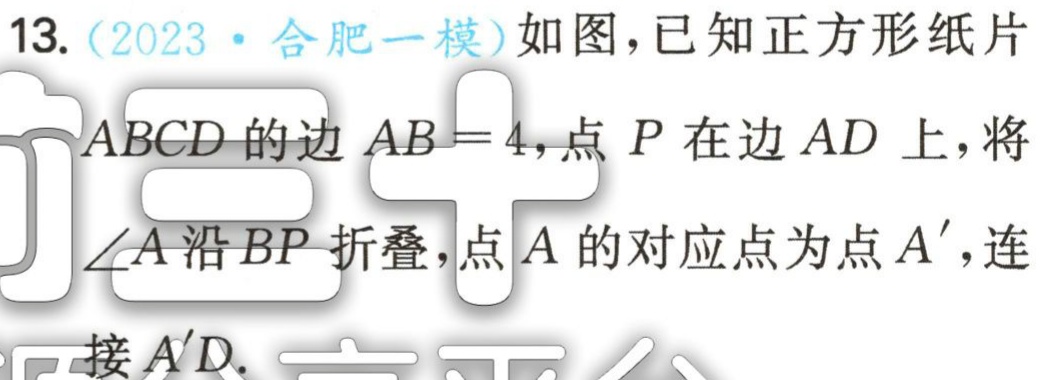
13.（2023·合肥一模）如图，已知正方形纸片 \(ABCD\) 的边 \(AB = 4\)，点 \(P\) 在边 \(AD\) 上，将\(\angle A\) 沿 \(BP\) 折叠，点 \(A\) 的对应点为点 \(A'\)，连 接 \(A'D\).